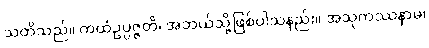
သတိသည်။ ကထံဥပ္ပဇ္ဇတိ၊ အဘယ်သို့ဖြစ်ပါသနည်း။ အသုကဿနာမ၊